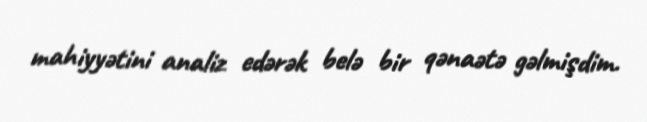
mahiyyətini analiz edərək belə bir qənaətə gəlmişdim.